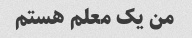
من یک معلم هستم